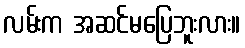
လမ်းက အဆင်မပြေဘူးလား။